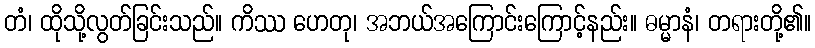
တံ၊ ထိုသို့လွတ်ခြင်းသည်။ ကိဿ ဟေတု၊ အဘယ်အကြောင်းကြောင့်နည်း။ ဓမ္မာနံ၊ တရားတို့၏။